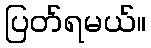
ပြတ်ရမယ်။